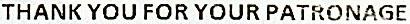
THANK YOU FOR YOUR PATRONAGE